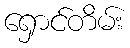
ရှောင်တိမ်း